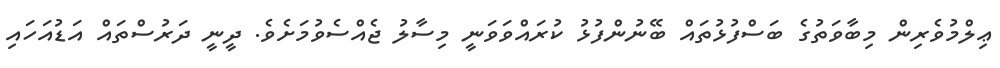
ޢިލްމުވެރިން މިބާވަތުގެ ބަސްފުޅުތައް ބޭނުންފުޅު ކުރައްވަވަނީ މިސާލު ޖެއްސެވުމަށެވެ. ދީނީ ދަރުސްތައް އަޑުއަހައި